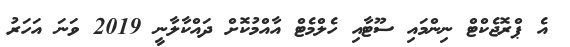
އެ ޕްރޮޖެކްޓް ނިންމައި ސޫޓާއި ހެލްމެޓް އާއްމުކޮށް ދައްކާލާނީ 2019 ވަނަ އަހަރު